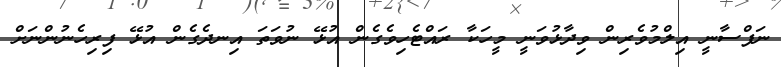
ނަފްސާނީ އިލްމުވެރިން ވިދާޅުވަނީ މީހަކާ ރައްޓެހިވެގެން އުޅޭ ނުވަތަ އިނދެގެން އުޅޭ ފިރިހެނުންނަށް